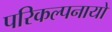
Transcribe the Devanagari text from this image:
परिकल्पनायो